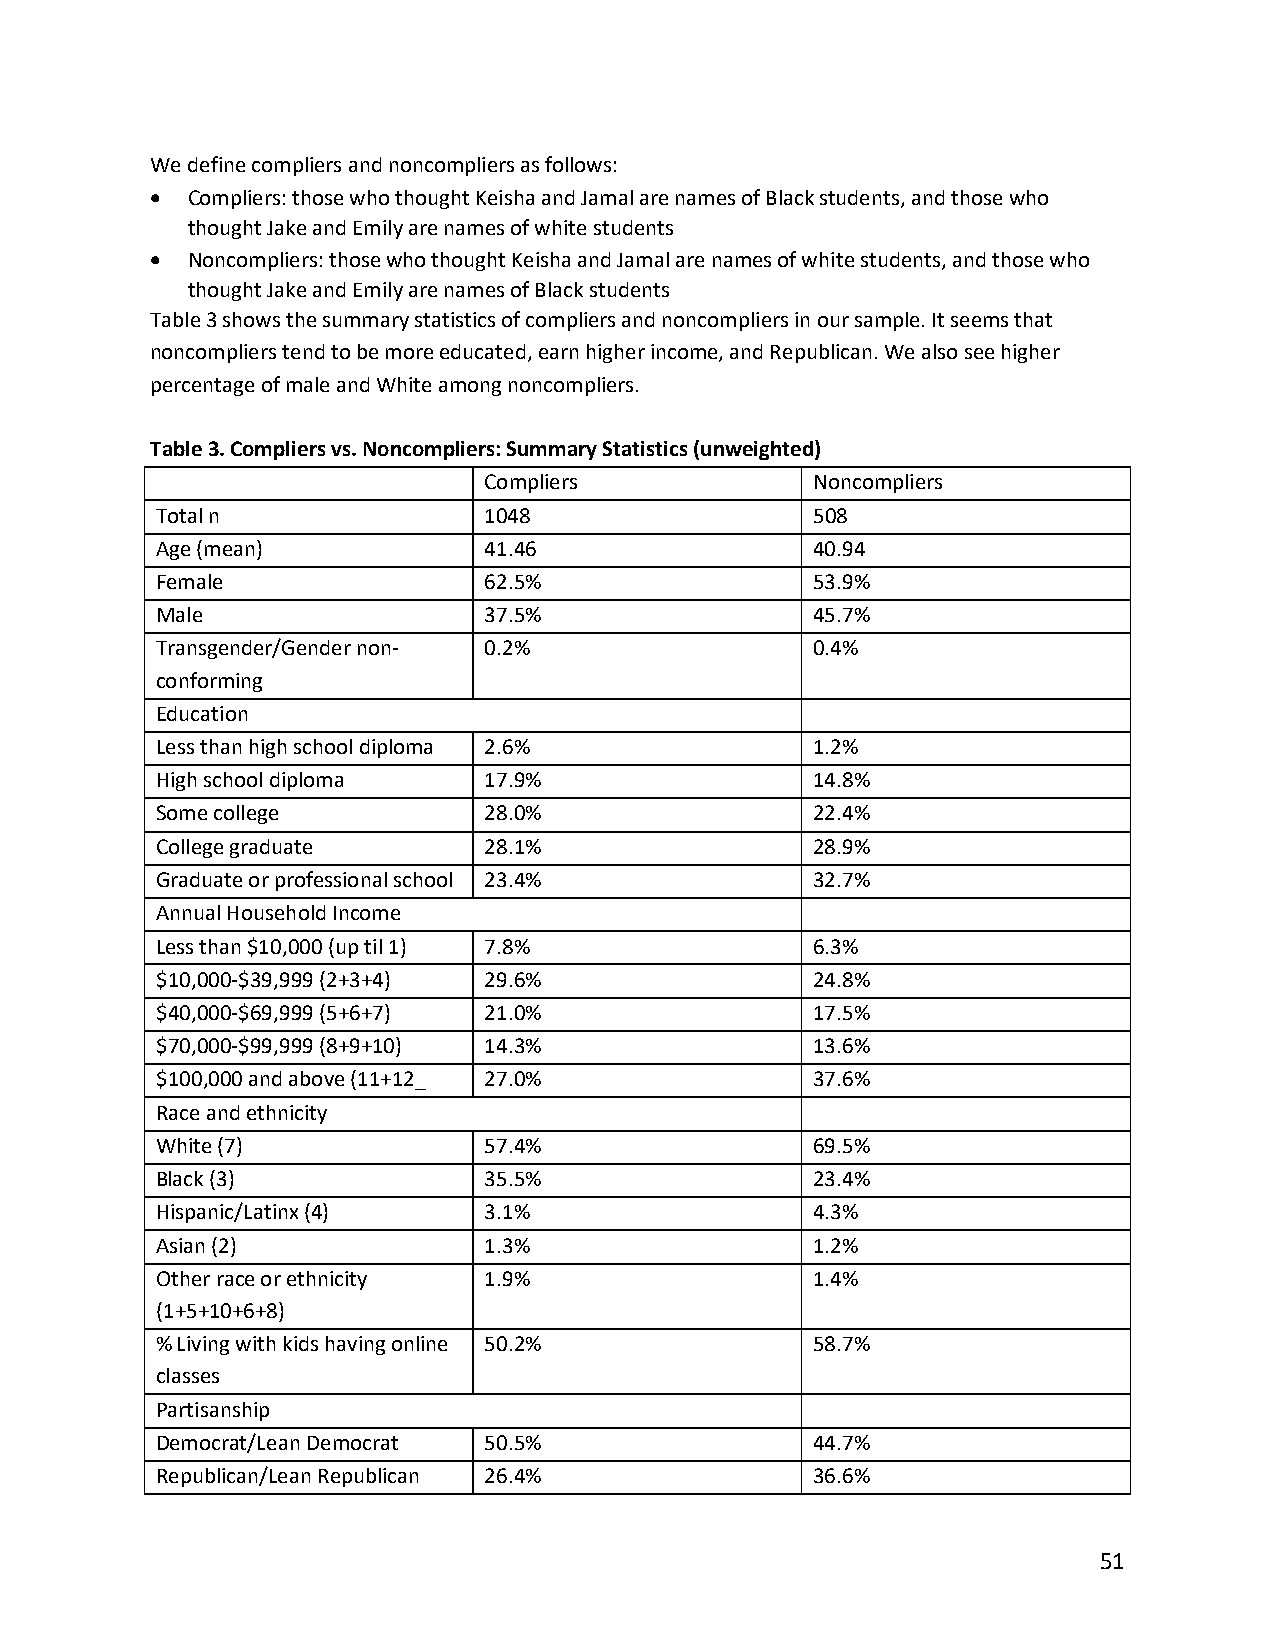
We define compliers and noncompliers as follows:
 • Compliers: those who thought Keisha and Jamal are names of Black students, and those who
 thought Jake and Emily are names of white students
 • Noncompliers: those who thought Keisha and Jamal are names of white students, and those who
 thought Jake and Emily are names of Black students
 Table 3 shows the summary statistics of compliers and noncompliers in our sample. It seems that
 noncompliers tend to be more educated, earn higher income, and Republican. We also see higher
 percentage of male and White among noncompliers.
 Table 3. Compliers vs. Noncompliers: Summary Statistics (unweighted)
 Compliers             Noncompliers
 Total n               1048                  508
 Age (mean)            41.46                 40.94
 Female                62.5%                 53.9%
 Male                  37.5%                 45.7%
 Transgender/Gender non- 0.2%                0.4%
 conforming
 Education
 Less than high school diploma 2.6%          1.2%
 High school diploma   17.9%                 14.8%
 Some college          28.0%                 22.4%
 College graduate      28.1%                 28.9%
 Graduate or professional school 23.4%       32.7%
 Annual Household Income
 Less than $10,000 (up til 1) 7.8%           6.3%
 $10,000-$39,999 (2+3+4) 29.6%               24.8%
 $40,000-$69,999 (5+6+7) 21.0%               17.5%
 $70,000-$99,999 (8+9+10) 14.3%              13.6%
 $100,000 and above (11+12_ 27.0%            37.6%
 Race and ethnicity
 White (7)             57.4%                 69.5%
 Black (3)             35.5%                 23.4%
 Hispanic/Latinx (4)   3.1%                  4.3%
 Asian (2)             1.3%                  1.2%
 Other race or ethnicity 1.9%                1.4%
 (1+5+10+6+8)
 % Living with kids having online 50.2%      58.7%
 classes
 Partisanship
 Democrat/Lean Democrat 50.5%                44.7%
 Republican/Lean Republican 26.4%            36.6%
 51